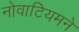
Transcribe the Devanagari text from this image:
नोवाटियमने